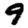
Digit: 9